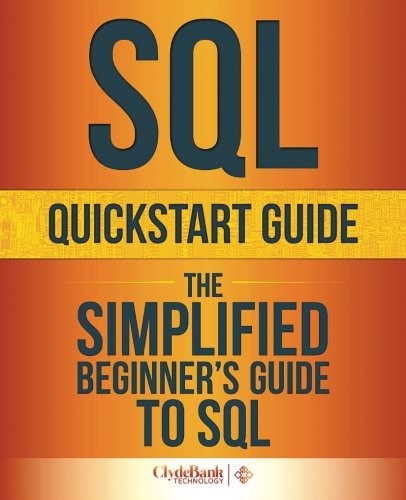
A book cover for SQL QuickStart Guide: The Simplified Beginner's Guide To SQL; ClydeBank Technology; Computers & Technology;